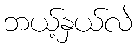
ဘယ့်နှယ်လဲ